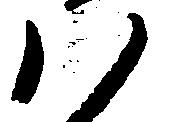
ハ